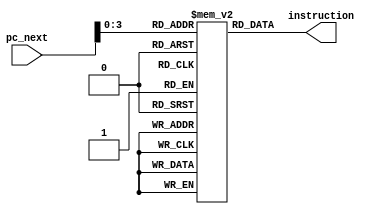
`timescale 1ns / 1ps
//////////////////////////////////////////////////////////////////////////////////
// Company: 
// Engineer: 
// 
// Design Name: 
// Module Name: instruction_memory
// Project Name: 
// Target Devices: 
// Tool Versions: 
// Description: 
// 
// Dependencies: 
// 
// Revision:
// Revision 0.01 - File Created
// Additional Comments:
// 
//////////////////////////////////////////////////////////////////////////////////


module instruction_memory(pc_next, instruction);

input [31:0] pc_next;
output [31:0] instruction;
parameter DEPTH = 10;
reg [31:0] inst_mem [DEPTH:0];
initial
begin
inst_mem[0] = 32'h00201020;
inst_mem[1] = 32'h00622022;
inst_mem[2] = 32'h00A43025;
inst_mem[3] = 32'h00E64024;
inst_mem[4] = 32'h01004880;
inst_mem[5] = 32'h012050C2;
//inst_mem[6] = 32'h014B6020;
inst_mem[6] = 32'h214B0005;
inst_mem[7] = 32'h216CFFFE;
inst_mem[8] = 32'h318D0005;
inst_mem[9] = 32'h35AE000A;

end

assign instruction = inst_mem[pc_next];

endmodule